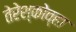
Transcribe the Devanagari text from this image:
तेरेश्कोव्हा